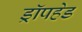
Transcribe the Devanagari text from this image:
ड्रॉपहेड